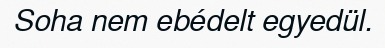
Soha nem ebédelt egyedül.